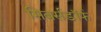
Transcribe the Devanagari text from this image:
सिबर्सडॉर्फ